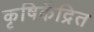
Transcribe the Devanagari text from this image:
कृषिकेंद्रित